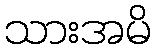
သားအမိ